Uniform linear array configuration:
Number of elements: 24
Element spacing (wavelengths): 0.75
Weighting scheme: exponential
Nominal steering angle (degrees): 45
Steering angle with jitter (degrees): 43.921
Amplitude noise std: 0.05
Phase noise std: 0.05

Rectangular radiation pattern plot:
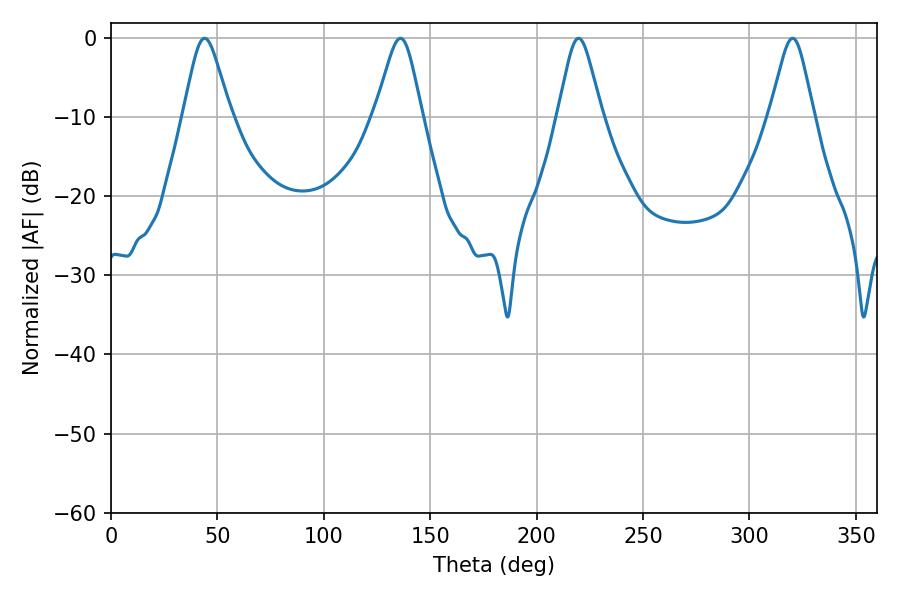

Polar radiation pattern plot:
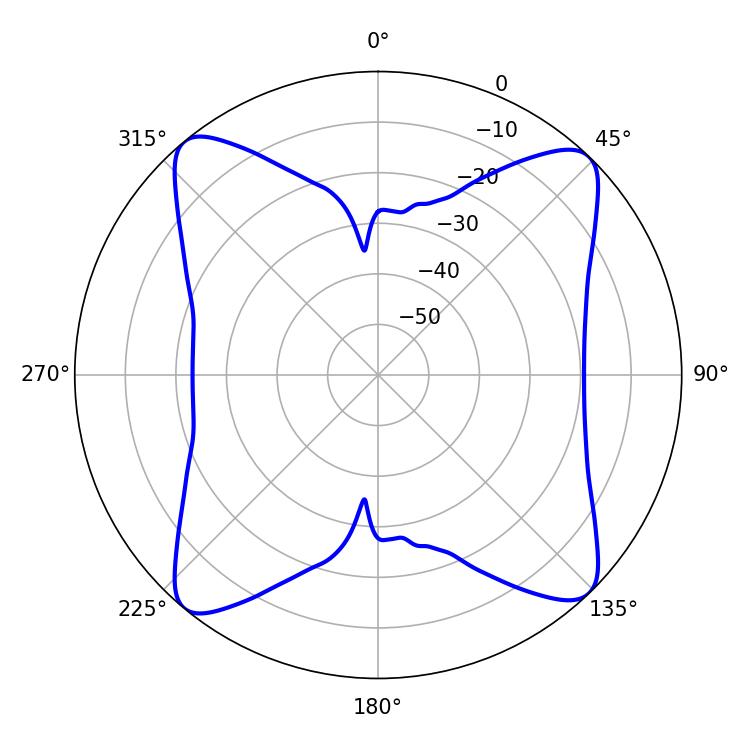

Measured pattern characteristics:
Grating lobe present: TRUE
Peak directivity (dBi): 15.717
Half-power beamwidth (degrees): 10.8
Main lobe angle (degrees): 43.92